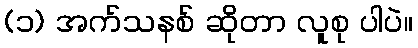
(၁) အက်သနစ် ဆိုတာ လူစု ပါပဲ။